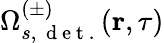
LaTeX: \Omega_{s,\, \mathrm{~d~e~t~.~}}^{(\pm)}(\textbf{r},\tau)